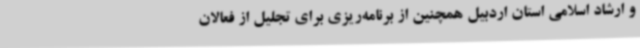
و ارشاد اسلامی استان اردبیل همچنین از برنامه‌ریزی برای تجلیل از فعالان